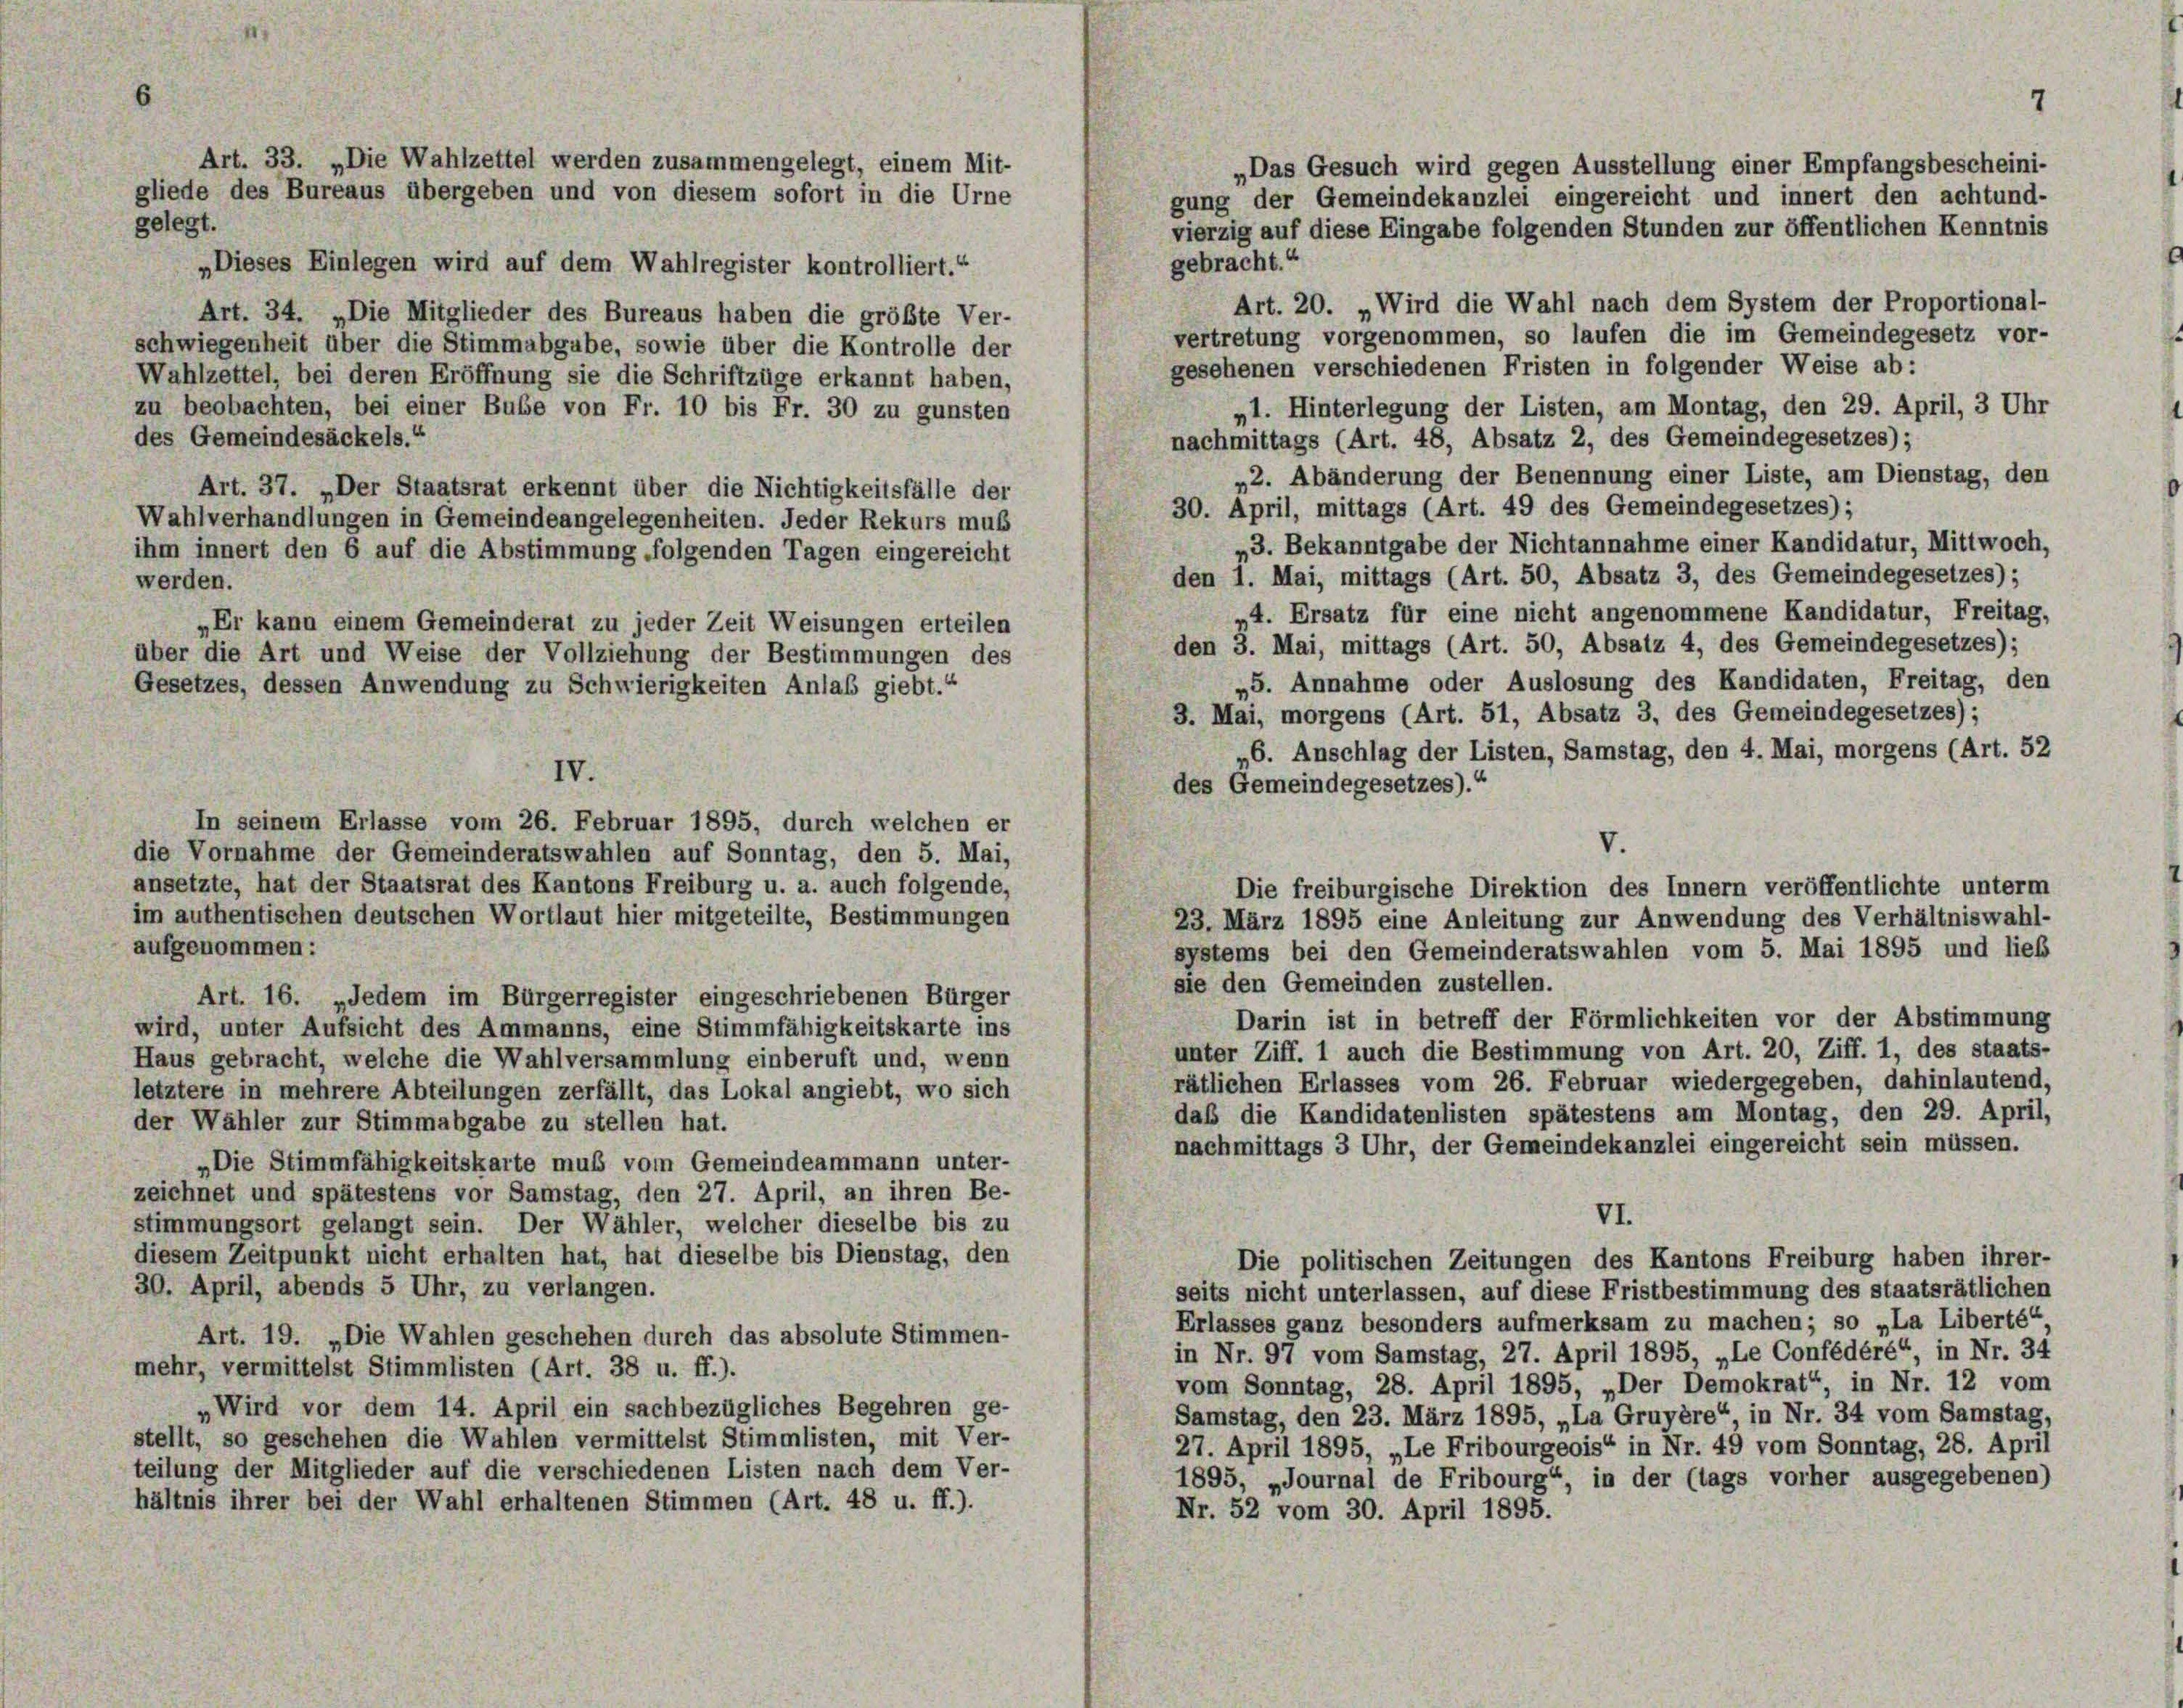
„Das Gesuch wird gegen Ausstellung einer Empfangsbescheini-
gung der Gemeindekanzlei eingereicht und innert den achtund-
gelegt.
vierzig auf diese Eingabe folgenden Stunden zur öffentlichen Kenntnis
gebracht.“
„Dieses Einlegen wird auf dem Wahlregister kontrolliert.“
Art. 20. „Wird die Wahl nach dem System der Proportional-
Art. 34. „Die Mitglieder des Bureaus haben die größte Ver-
vertretung vorgenommen, so laufen die im Gemeindegesetz vor-
schwiegenheit über die Stimmabgabe, sowie über die Kontrolle der
gesehenen verschiedenen Fristen in folgender Weise ab:
Wahlzettel, bei deren Eröffnung sie die Schriftzüge erkannt haben,
zu beobachten, bei einer Bube von Fr. 10 bis Fr. 30 zu gunsten
„1. Hinterlegung der Listen, am Montag, den 29. April, 3 Uhr
des Gemeindesäckels.“
nachmittags (Art. 48, Absatz 2, des Gemeindegesetzes);
„2. Abänderung der Benennung einer Liste, am Dienstag, den
Art. 37. „Der Staatsrat erkennt über die Nichtigkeitsfälle der
30. April, mittags (Art. 49 des Gemeindegesetzes);
Wahlverhandlungen in Gemeindeangelegenheiten. Jeder Rekurs muß
„3. Bekanntgabe der Nichtannahme einer Kandidatur, Mittwoch,
ihm innert den 6 auf die Abstimmung folgenden Tagen eingereicht
den 1. Mai, mittags (Art. 50, Absatz 3, des Gemeindegesetzes);
werden.
»4. Ersatz für eine nicht angenommene Kandidatur, Freitag,
„Er kann einem Gemeinderat zu jeder Zeit Weisungen erteilen
den 3. Mai, mittags (Art. 50, Absatz 4, des Gemeindegesetzes);
über die Art und Weise der Vollziehung der Bestimmungen des
„5. Annahme oder Auslosung des Kandidaten, Freitag, den
Gesetzes, dessen Anwendung zu Schwierigkeiten Anlaß giebt.“
3. Mai, morgens (Art. 51, Absatz 3, des Gemeindegesetzes);
„6. Anschlag der Listen, Samstag, den 4. Mai, morgens (Art. 52
IV.
des Gemeindegesetzes).“
In seinem Erlasse vom 26. Februar 1895, durch welchen er
V.
die Vornahme der Gemeinderatswahlen auf Sonntag, den 5. Mai,
ansetzte, hat der Staatsrat des Kantons Freiburg u. a. auch folgende,
Die freiburgische Direktion des Innern veröffentlichte unterm
im authentischen deutschen Wortlaut hier mitgeteilte, Bestimmungen
23. März 1895 eine Anleitung zur Anwendung des Verhältniswahl-
aufgenommen:
systems bei den Gemeinderatswahlen vom 5. Mai 1895 und lieb
sie den Gemeinden zustellen.
Art. 16. „Jedem im Bürgerregister eingeschriebenen Bürger
Darin ist in betreff der Förmlichkeiten vor der Abstimmung
wird, unter Aufsicht des Ammanns, eine Stimmfähigkeitskarte ins
unter Ziff. 1 auch die Bestimmung von Art. 20, Ziff. 1, des staats-
Haus gebracht, welche die Wahlversammlung einberuft und, wenn
rätlichen Erlasses vom 26. Februar wiedergegeben, dahinlautend,
letztere in mehrere Abteilungen zerfällt, das Lokal angiebt, wo sich
daß die Kandidatenlisten spätestens am Montag, den 29. April,
der Wähler zur Stimmabgabe zu stellen hat.
nachmittags 3 Uhr, der Gemeindekanzlei eingereicht sein müssen.
„Die Stimmfähigkeitskarte muß vom Gemeindeammann unter-
zeichnet und spätestens vor Samstag, den 27. April, an ihren Be-
VI.
stimmungsort gelangt sein. Der Wähler, welcher dieselbe bis zu
diesem Zeitpunkt nicht erhalten hat, hat dieselbe bis Dienstag, den
Die politischen Zeitungen des Kantons Freiburg haben ihrer-
30. April, abends 5 Uhr, zu verlangen.
seits nicht unterlassen, auf diese Fristbestimmung des staatsrätlichen
Erlasses ganz besonders aufmerksam zu machen; so „La Liberté“
Art. 19. „Die Wahlen geschehen durch das absolute Stimmen-
in Nr. 97 vom Samstag, 27. April 1895, „Le Confédéré“, in Nr. 34
mehr, vermittelst Stimmlisten (Art. 38 u. ff.).
vom Sonntag, 28. April 1895, „Der Demokrat“, in Nr. 12 vom
„Wird vor dem 14. April ein sachbezügliches Begehren ge-
Samstag, den 23. März 1895, „La Gruyère“ in Nr. 34 vom Samstag,
stellt, so geschehen die Wahlen vermittelst Stimmlisten, mit Ver-
27. April 1895, „Le Fribourgeois“ in Nr. 49 vom Sonntag, 28. April
teilung der Mitglieder auf die verschiedenen Listen nach dem Ver-
1895, „Journal de Fribourg“, in der (tags vorher ausgegebenen)
hältnis ihrer bei der Wahl erhaltenen Stimmen (Art. 48 u. ff.).
Nr. 52 vom 30. April 1895.

Art. 33. „Die Wahlzettel werden zusammengelegt, einem Mit-
gliede des Bureaus übergeben und von diesem sofort in die Urne

7